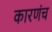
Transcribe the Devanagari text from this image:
कारणंच